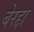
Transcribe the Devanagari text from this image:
बेरद्दा